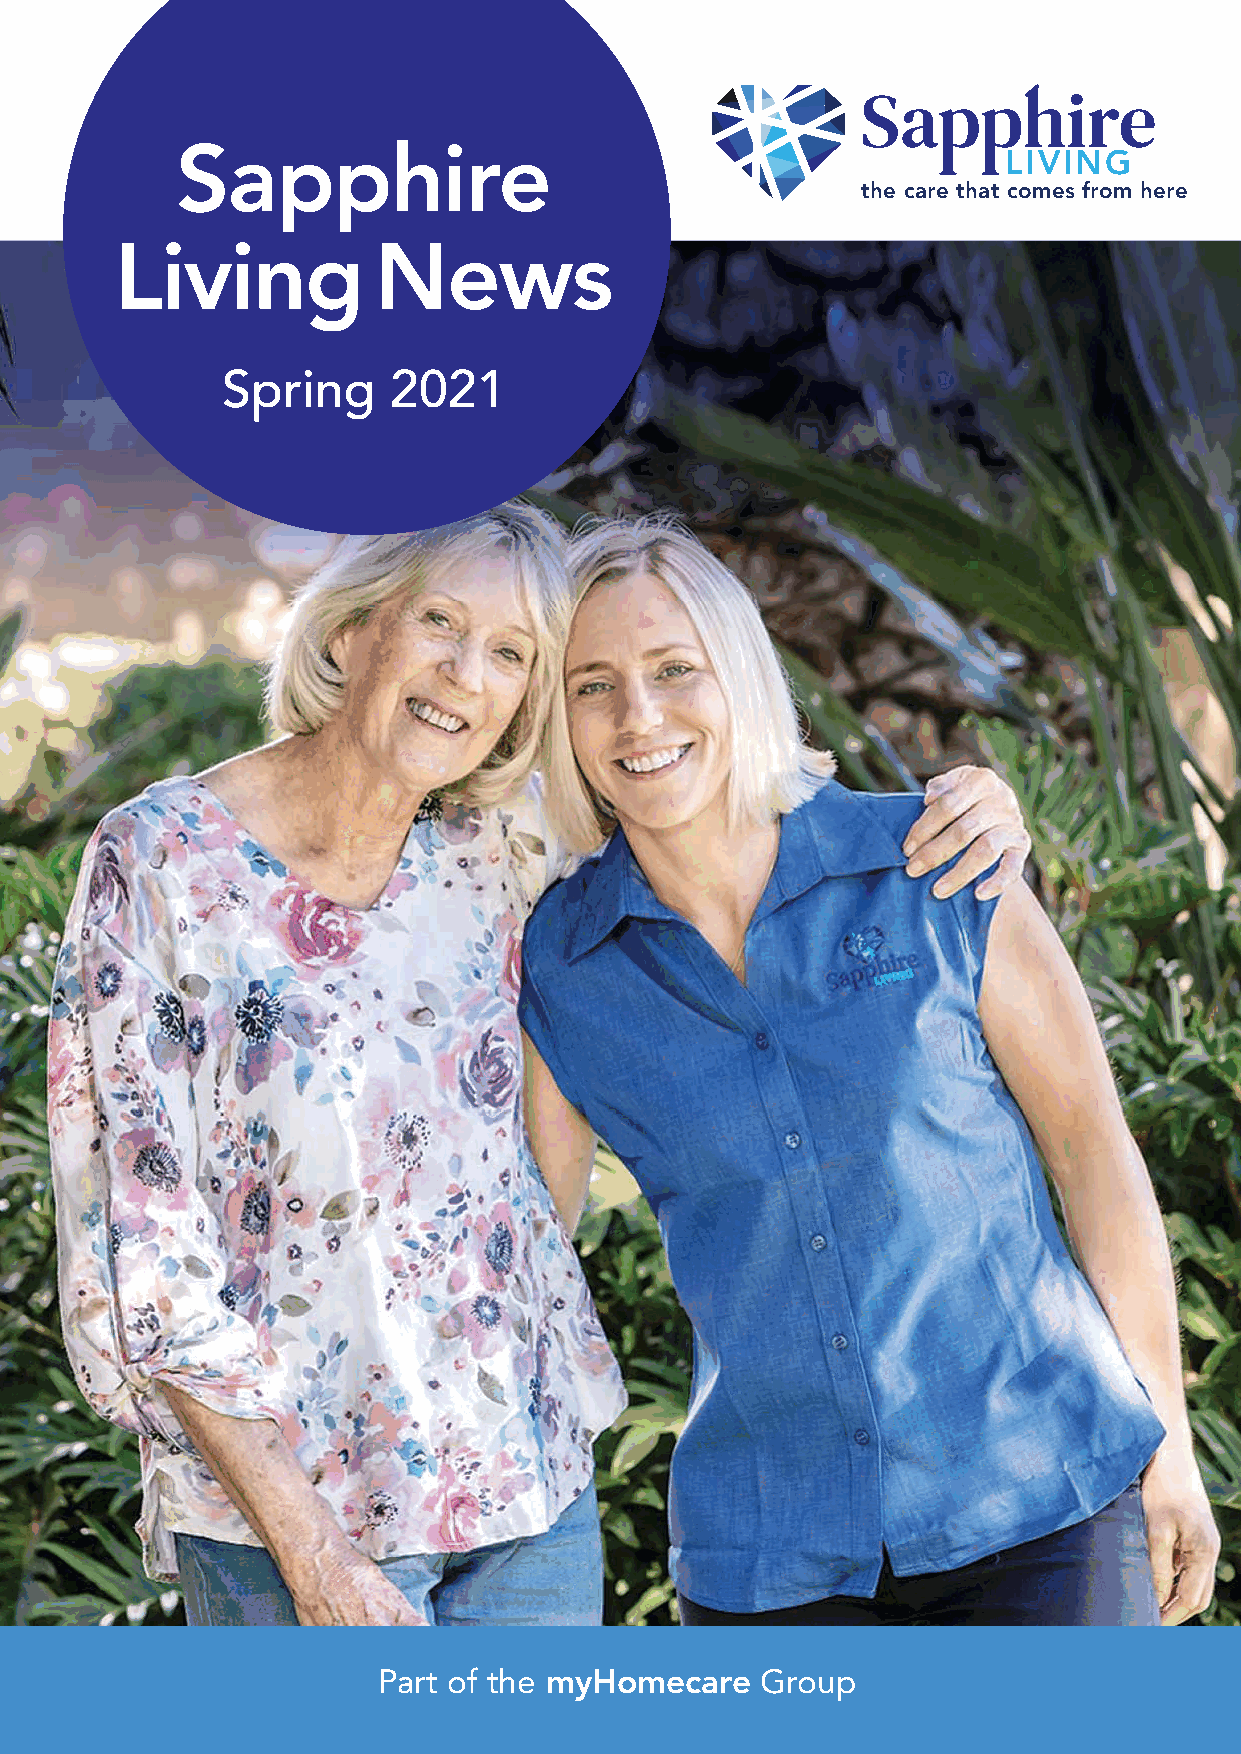
Sapphire
 LIVING
 the care that comes from here
 Living           News
 Spring     2021
 Part of the myHomecare   Group